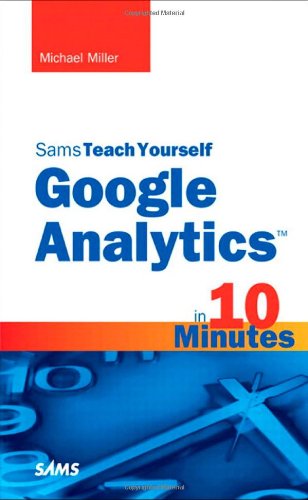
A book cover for Sams Teach Yourself Google Analytics in 10 Minutes; Michael Miller; Computers & Technology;